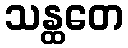
သန္ထတေ